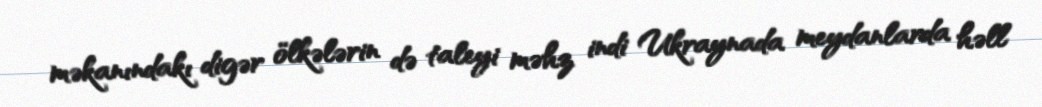
məkanındakı digər ölkələrin də taleyi məhz indi Ukraynada meydanlarda həll